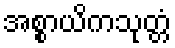
အစ္စာယိကသုတ္တံ